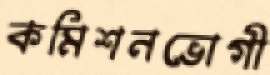
কমিশনভোগী